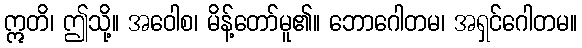
ဣတိ၊ ဤသို့။ အဝေါစ၊ မိန့်တော်မူ၏။ ဘောဂေါတမ၊ အရှင်ဂေါတမ။